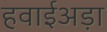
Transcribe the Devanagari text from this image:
हवाईअड़ा